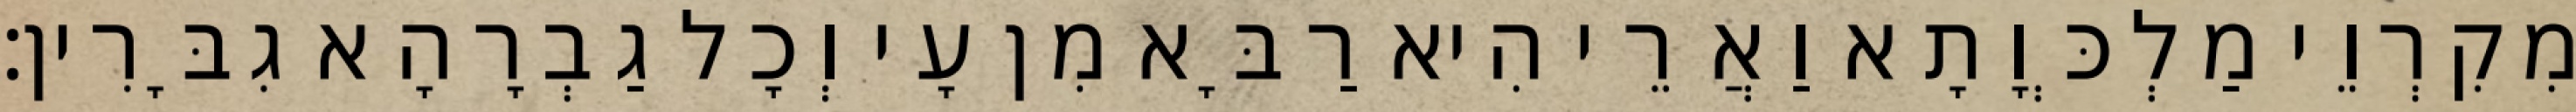
מִקִרְוֵי מַלְכְּוָתָא וַאֲרֵי הִיא רַבָּא מִן עָי וְכָל גַבְרָהָא גִבָּרִין׃